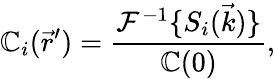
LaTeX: \mathbb{C}_{i}(\vec{{r}}^{\prime})=\frac{{\mathcal{{F}}^{-1}\{ S_{i}(\vec{{k}})\} }}{{\mathbb{C}(0)}},